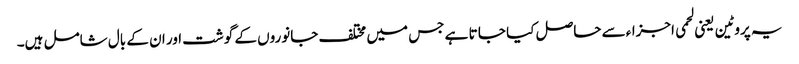
یہ پروٹین یعنی لحمی اجزاءسے حاصل کیا جا تا ہے جس میں مختلف جانوروں کے گوشت اور ان کے بال شامل ہیں۔